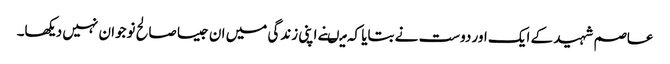
عاصم شہید کے ایک اور دوست نے بتایا کہ میںنے اپنی زندگی میں ان جیسا صالح نوجوان نہیں دیکھا۔